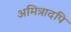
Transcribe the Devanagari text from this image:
अमित्रादपि